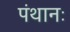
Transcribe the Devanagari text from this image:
पंथानः